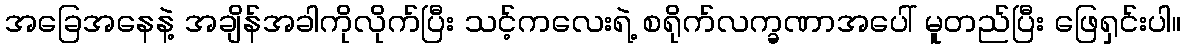
အခြေအနေနဲ့ အချိန်အခါကိုလိုက်ပြီး သင့်ကလေးရဲ့ စရိုက်လက္ခဏာအပေါ် မူတည်ပြီး ဖြေရှင်းပါ။